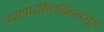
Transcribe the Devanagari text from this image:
प्रज्ञापारमितह्रिदयसूत्र